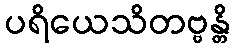
ပရိယေသိတဗ္ဗန္တိ